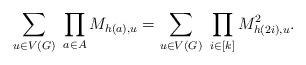
LaTeX: \begin{align*} \sum_{u\in V(G)}\ \prod_{a\in A} M_{h(a),u}= \sum_{u\in V(G)} \ \prod_{i\in [k]} M_{h(2i),u}^2.\end{align*}